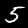
Label: 5